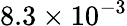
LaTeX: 8.3\times 10^{-3}